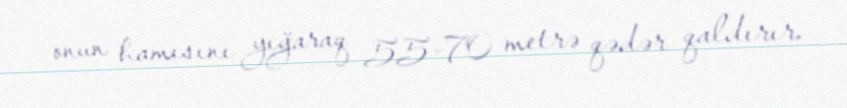
onun hamısını yığaraq 55-70 metrə qədər qaldırır.